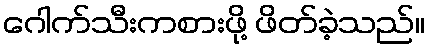
ဂေါက်သီးကစားဖို့ ဖိတ်ခဲ့သည်။